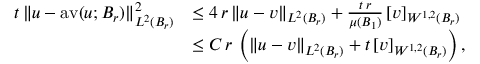
\begin{array} { r l } { t \, \| u - \mathrm { a v } ( u ; B _ { r } ) \| _ { L ^ { 2 } ( B _ { r } ) } ^ { 2 } } & { \le 4 \, r \, \| u - v \| _ { L ^ { 2 } ( B _ { r } ) } + \frac { t \, r } { \mu ( B _ { 1 } ) } \, [ v ] _ { W ^ { 1 , 2 } ( B _ { r } ) } } \\ & { \le C \, r \, \left( \| u - v \| _ { L ^ { 2 } ( B _ { r } ) } + t \, [ v ] _ { W ^ { 1 , 2 } ( B _ { r } ) } \right) , } \end{array}